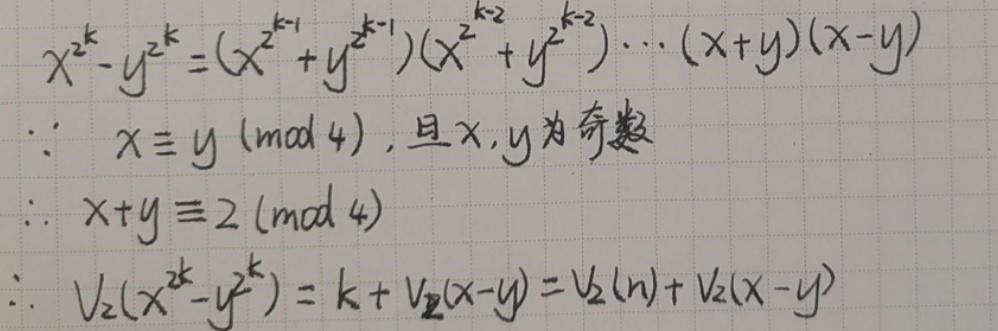
\(x^{2^k}-y^{2^k}&=(x^{2^{k - 1}}+y^{2^{k - 1}})(x^{2^{k - 2}}+y^{2^{k - 2}})\cdots(x + y)(x - y)\)\\
\(\because\quad x&\equiv y\pmod{4}, \)且 x,y 为奇数\\
\(\therefore\quad x + y&\equiv2\pmod{4}\)\\
\(\therefore\quad v_2(x^{2^k}-y^{2^k})&=k + v_2(x - y)=v_2(n)+v_2(x - y)\)